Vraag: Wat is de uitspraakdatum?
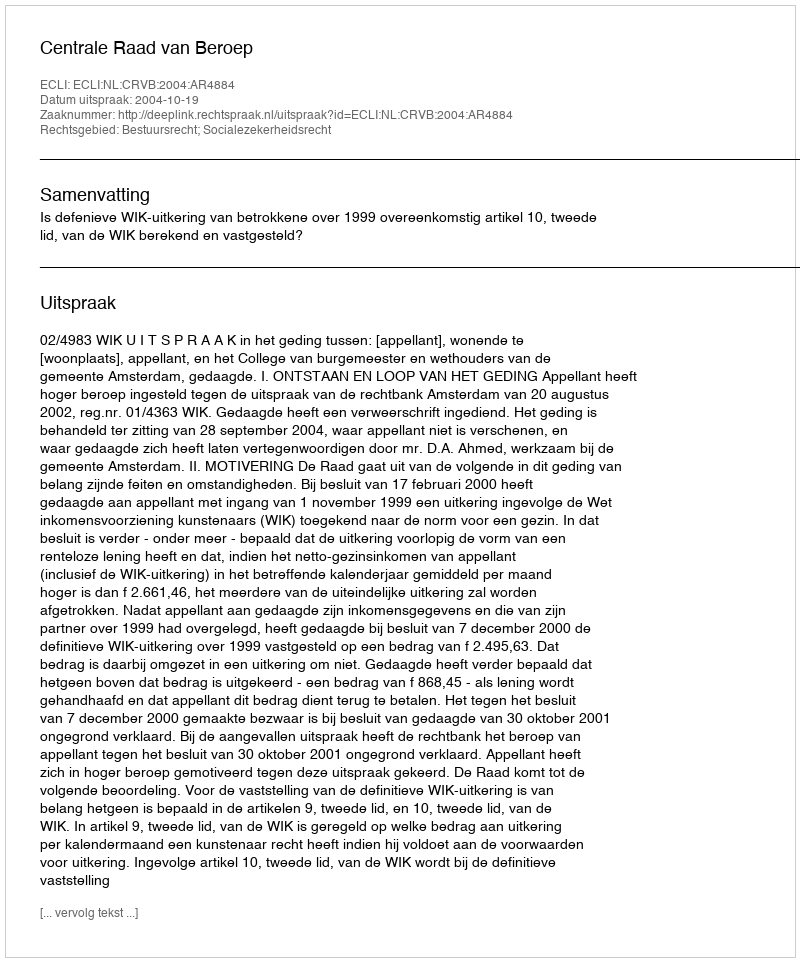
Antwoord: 2004-10-19